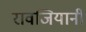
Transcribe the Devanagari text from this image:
रावजियानी